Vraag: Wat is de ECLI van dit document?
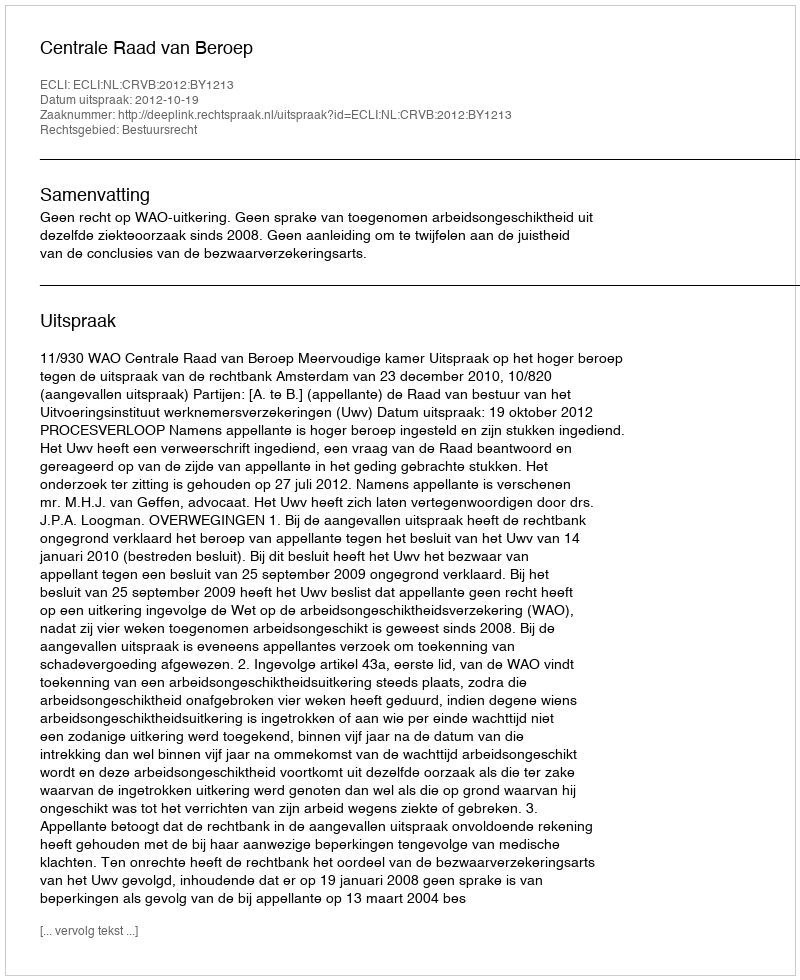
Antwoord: ECLI:NL:CRVB:2012:BY1213